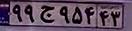
۹۹ج۹۵۴۴۳